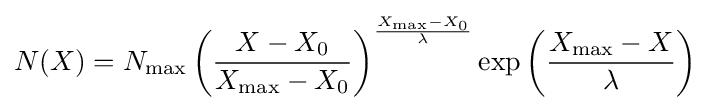
N(X)=N_{\text{max}}\left({\frac {X-X_{0}}{X_{\text{max}}-X_{0}}}\right)^{\frac {X_{\text{max}}-X_{0}}{\lambda }}\exp \left({\frac {X_{\text{max}}-X}{\lambda }}\right)